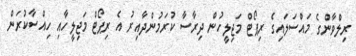
ރިލްވާންގެ މައްސަލައިގެ ރިޕޯޓް މަޖިލީހުން ދިރާސާ ކުރަމުންދާއިރު އެ ރިޕޯޓް މަޖިލީހާއި ހިއްސާކުރަން